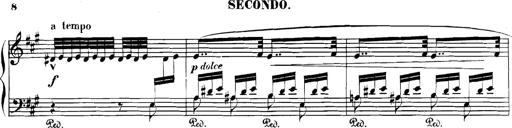
Title: Spinnerlied aus dem Fliegenden HollÃ¤nder
Composer: Franz Liszt